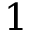
1